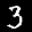
Label: 3